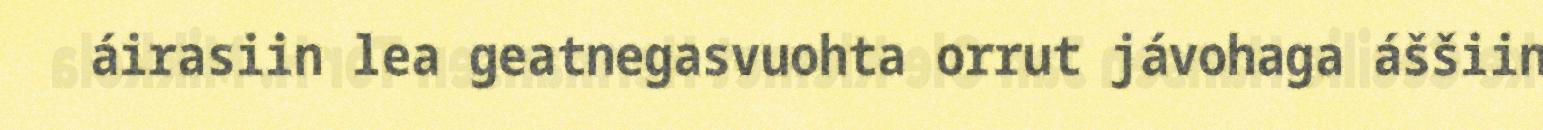
áirasiin lea geatnegasvuohta orrut jávohaga áššiin